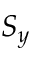
S _ { y }